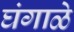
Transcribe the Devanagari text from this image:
घंगाळे